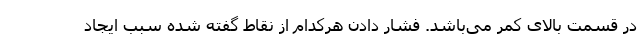
در قسمت بالای کمر می‌باشد. فشار دادن هرکدام از نقاط گفته شده سبب ایجاد